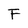
Character: F